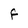
Character: F